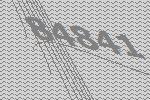
84841